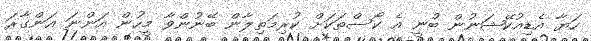
ހަޔާ އެޑިއުކޭޝަނުން ބުނީ އެ ކޯސްތަކަށް ކުރިމަތިލާން ބޭނުންވާ މީހުން އަންނަ އަންގާރަ